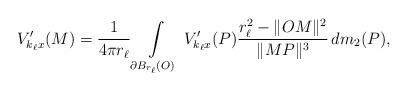
LaTeX: \begin{align*}V'_{k_{\ell} x}(M)=\frac{1}{4\pi r_\ell}\int\limits_{\partial B_{r_\ell}({O})}\, V'_{k_{\ell} x}(P)\frac{r^2_{\ell}-\|{O}M\|^2}{\|M P\|^3}\, dm_{2}(P),\end{align*}